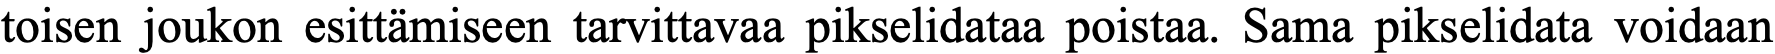
toisen joukon esittämiseen tarvittavaa pikselidataa poistaa. Sama pikselidata voidaan